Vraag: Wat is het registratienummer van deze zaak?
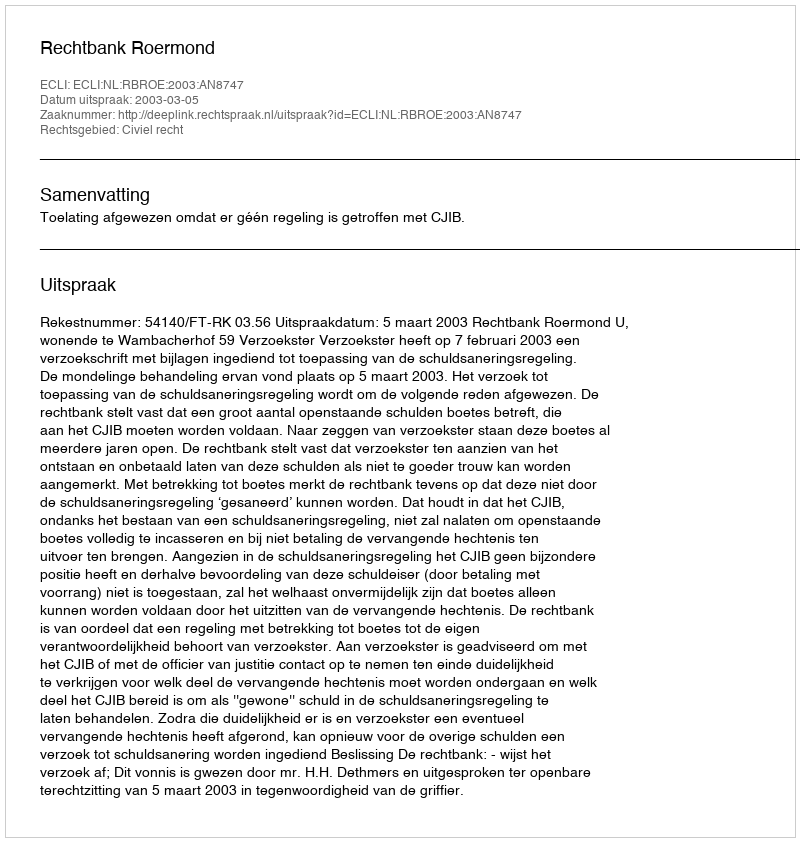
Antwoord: http://deeplink.rechtspraak.nl/uitspraak?id=ECLI:NL:RBROE:2003:AN8747